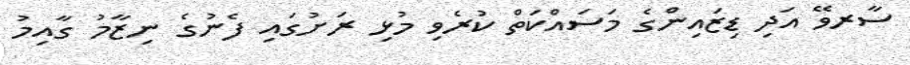
ސާރވޭ އަދި ޑިޒައިންގެ މަސައްކަތް ކުރެވި މުޅި ރަށުގައި ފެނުގެ ނިޒާމު ގާއިމު